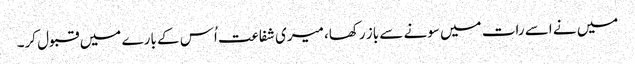
میں نے اسے رات میں سونے سے باز رکھا، میری شفاعت اُس کے بارے میں قبول کر۔